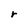
Character: r